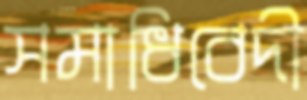
সমাধিবেদী